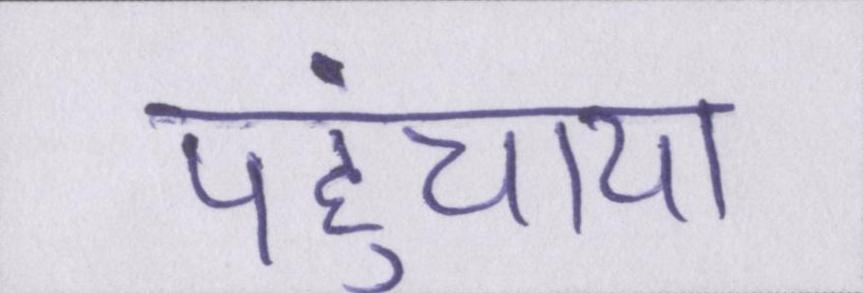
पहुंचाया